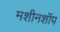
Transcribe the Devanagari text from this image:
मशीनशॉप